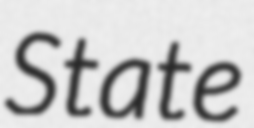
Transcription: State